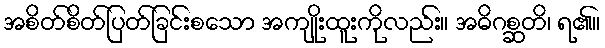
အစိတ်စိတ်ပြတ်ခြင်းစသော အကျိုးထူးကိုလည်း။ အဓိဂစ္ဆတိ၊ ရ၏။